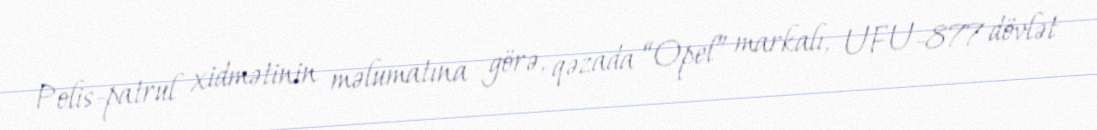
Polis-patrul xidmətinin məlumatına görə, qəzada “Opel” markalı, UFU-877 dövlət